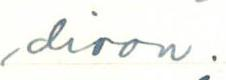
dioon.